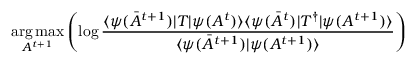
\underset { A ^ { t + 1 } } { \arg \operatorname* { m a x } } \left( \log \frac { \langle \psi ( \bar { A } ^ { t + 1 } ) | T | \psi ( A ^ { t } ) \rangle \langle \psi ( \bar { A } ^ { t } ) | T ^ { \dagger } | \psi ( A ^ { t + 1 } ) \rangle } { \langle \psi ( \bar { A } ^ { t + 1 } ) | \psi ( A ^ { t + 1 } ) \rangle } \right)